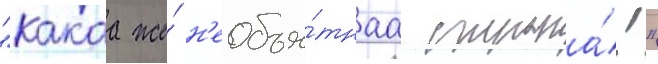
"какаа же́ н'еобъя́тнаа страна́!"